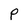
Character: P